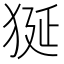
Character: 狿